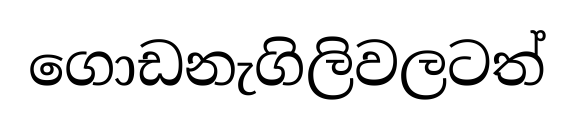
ගොඩනැගිලිවලටත්